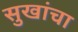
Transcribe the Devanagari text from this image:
सुखांचा